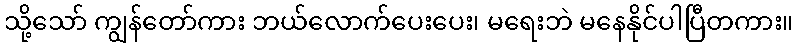
သို့သော် ကျွန်တော်ကား ဘယ်လောက်ပေးပေး၊ မရေးဘဲ မနေနိုင်ပါပြီတကား။